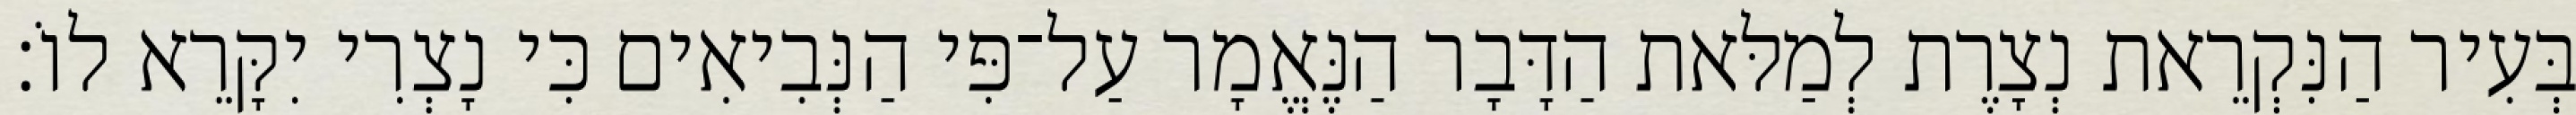
בְּעִיר הַנִּקְרֵאת נְצָרֶת לְמַלּאת הַדָּבָר הַנֶּאֱמָר עַל־פִּי הַנְּבִיאִים כִּי נָצְרִי יִקָּרֵא לוֹ׃